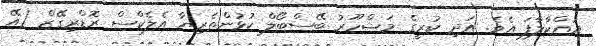
ދައްކާލާފަ އެވެ. އަދި ކުރީގެ މަޝްހޫރު ބޭސްބޯލް ކުޅުންތެރިޔާ އެލެކްސް ރޮޑްރިގޭޒް (އޭ